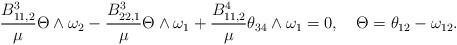
LaTeX: \begin{align*}\frac{B^3_{11,2}}{\mu}\Theta\wedge\omega_2-\frac{B^3_{22,1}}{\mu}\Theta\wedge\omega_1+\frac{B^4_{11,2}}{\mu}\theta_{34}\wedge\omega_1=0, ~~~\Theta=\theta_{12}-\omega_{12}.\end{align*}